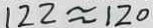
1 2 2 \approx 1 2 0